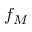
f _ { M }